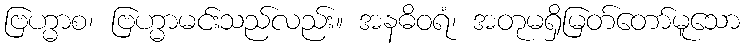
ဗြဟ္မာစ၊ ဗြဟ္မာမင်းသည်လည်း။ အနဓိဝရံ၊ အတုမရှိမြတ်တော်မူသော